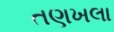
તણખલા